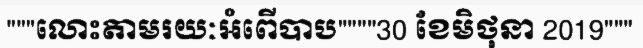
"""លោះតាមរយៈអំពើបាប""""30 ខែមិថុនា 2019"""